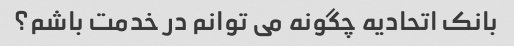
بانک اتحادیه چگونه می توانم در خدمت باشم؟